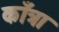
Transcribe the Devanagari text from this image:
काँत्रा